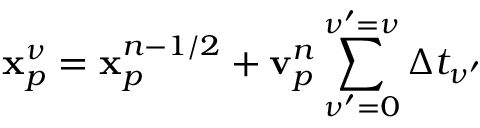
\mathbf { x } _ { p } ^ { \nu } = \mathbf { x } _ { p } ^ { n - 1 / 2 } + \mathbf { v } _ { p } ^ { n } \sum _ { \nu ^ { \prime } = 0 } ^ { \nu ^ { \prime } = \nu } \Delta t _ { \nu ^ { \prime } }